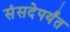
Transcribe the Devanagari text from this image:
संसदेपर्यंत